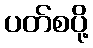
ပတ်စပို့